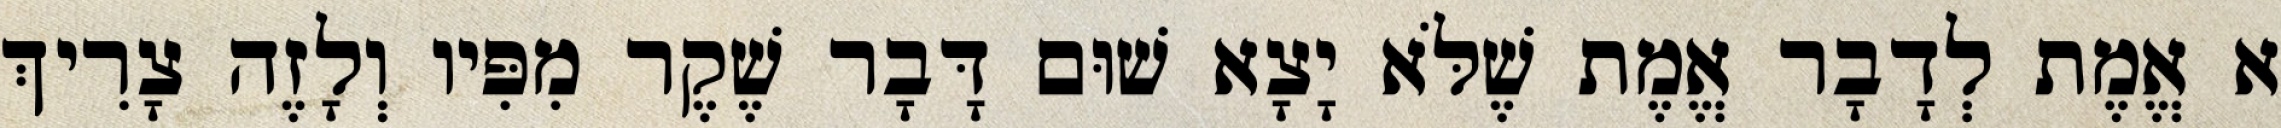
א אֱמֶת לְדָבָר אֱמֶת שֶׁלֹּא יָצָא שׁוּם דָּבָר שֶׁקֶר מִפִּיו וְלָזֶה צָרִיךְ